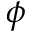
\phi